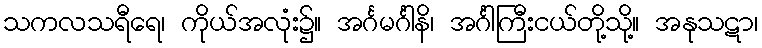
သကလသရီရေ၊ ကိုယ်အလုံး၌။ အင်္ဂမင်္ဂါနိ၊ အင်္ဂါကြီးငယ်တို့သို့။ အနုသဋာ၊